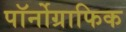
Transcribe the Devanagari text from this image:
पॉर्नोग्राफिक